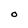
Character: O